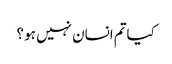
کیاتم انسان نہیں ہو ؟